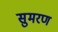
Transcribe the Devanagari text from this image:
सुमरण